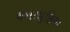
લબરમૂછિયા